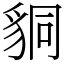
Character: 𧳆